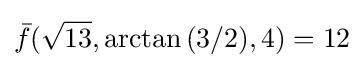
{\bar {f}}({\sqrt {13}},\arctan {(3/2)},4)=12